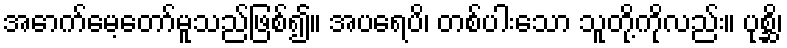
အောက်မေ့တော်မူသည်ဖြစ်၍။ အပရေပိ၊ တစ်ပါးသော သူတို့ကိုလည်း။ ပုစ္ဆိ၊